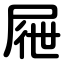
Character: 屜